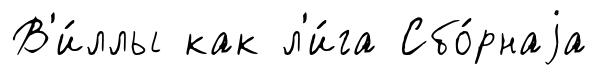
В'и́ллы как л'и́га Сбо́рнаjа